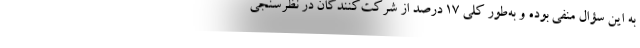
به این سؤال منفی بوده و به‌طور کلی 17 درصد از شرکت‌کنندگان در نظرسنجی